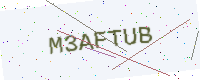
Text: M3AFTUB